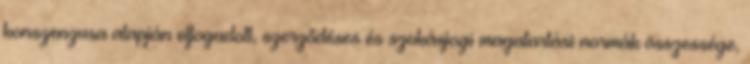
konszenzusa alapján elfogadott, szerződéses és szokásjogi magatartási normák összessége,